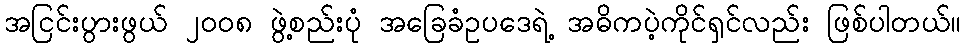
အငြင်းပွားဖွယ် ၂၀၀၈ ဖွဲ့စည်းပုံ အခြေခံဥပဒေရဲ့ အဓိကပဲ့ကိုင်ရှင်လည်း ဖြစ်ပါတယ်။